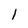
Character: 1